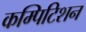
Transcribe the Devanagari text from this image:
कम्पिटिशन